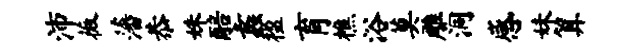
沛薇藩恭姝醅蠡楹育樵浴莫雕洞感妹算